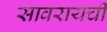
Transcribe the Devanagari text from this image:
सावरायची